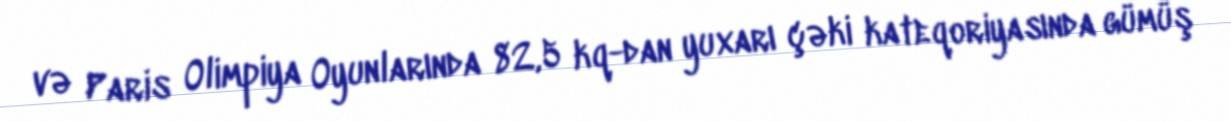
və Paris Olimpiya Oyunlarında 82,5 kq-dan yuxarı çəki kateqoriyasında gümüş